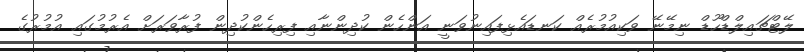
ލޭޓްޗައިލްޑްހޫޑް ނިމޭނޭ ވަކިއުމުރެއް ކަނޑައެޅިފައިނުވަނީ އަންހެން ކުދިންނާއި ފިރިހެންކުދިން ފުރާވަރަށް އެރުމުގައި އުމުރުގެ